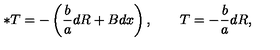
\ast T = - \left( { \frac { b } { a } } d R + B d x \right) , \qquad T = - { \frac { b } { a } } d R ,